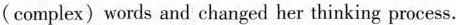
(complex) words and changed her thinking process.